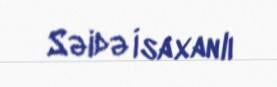
Səidə İsaxanlı